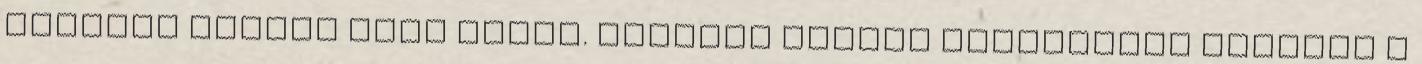
győzünk igazat adni nekik. Könyvek minden korosztály számára A